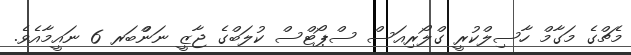
މެޗްގެ މަގާމް ހާސިލްކުުރީ ގްލޯރިއަސް ސްޕޯޓްސް ކުލަބްގެ ޖާޒީ ނަންްބަރ 6 ނައީމާއެވެ.